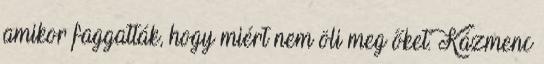
amikor faggatták, hogy miért nem öli meg őket. Kázmenc